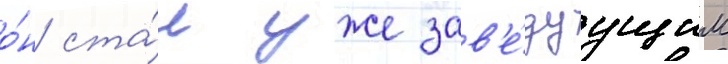
о́н ста́л уже зав'е́дуущим